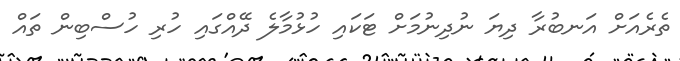
ތެރެއަށް އަނބުރާ ދިޔަ ނުދިނުމަށް ޓަކައި ހުޅުމާލެ ދޭއްގައި ހުރި ހުސްބިން ތައް